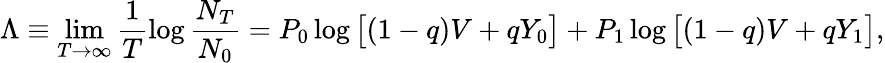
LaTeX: \Lambda\equiv\operatorname*{lim}_{T\to\infty}\frac{1}{T}\log\frac{N_{T}}{N_{0}}=P_{0}\log\big[(1-q)V+qY_{0}\big]+P_{1}\log\big[(1-q)V+qY_{1}\big],